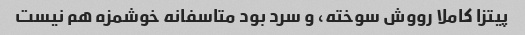
پیتزا کاملا رووش سوخته، و سرد بود متاسفانه خوشمزه هم نیست